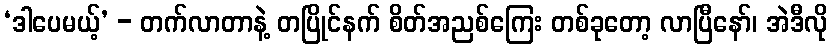
‘ဒါပေမယ့်’ - တက်လာတာနဲ့ တပြိုင်နက် စိတ်အညစ်ကြေး တစ်ခုတော့ လာပြီနော်၊ အဲဒီလို